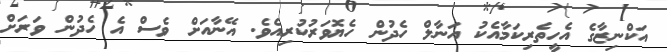
އަކްނިޒާގެ އެހީތެރިކަމާއެކު އަނާލް ހެދުން ހެޔޮވަރުކުރިއެވެ. އޭނާއަށް ވެސް އެ ހެދުން ވަރަށް